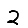
Digit: 2